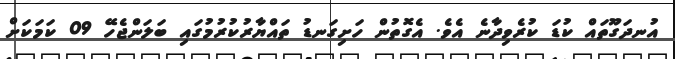
އުނދަގޫތައް ކުޑަ ކުރެވިދާނެ އެވެ. އެގޮތުން ހަށިގަނޑު ތައްޔާރުކުރުމުގައި ބަލަންޖެހޭ 09 ކަމަކަށް